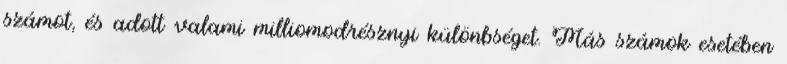
számot, és adott valami milliomodrésznyi különbséget. Más számok esetében